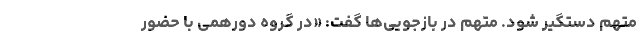
متهم دستگیر شود. متهم در بازجویی‌ها گفت: «در گروه دورهمی با حضور